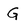
Character: G